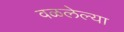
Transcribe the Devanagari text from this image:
वळलेल्या